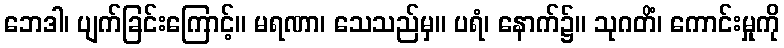
ဘေဒါ၊ ပျက်ခြင်းကြောင့်။ မရဏာ၊ သေသည်မှ။ ပရံ၊ နောက်၌။ သုဂတိံ၊ ကောင်းမှုကို